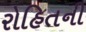
રોહિતની